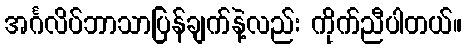
အင်္ဂလိပ်ဘာသာပြန်ချက်နဲ့လည်း ကိုက်ညီပါတယ်။